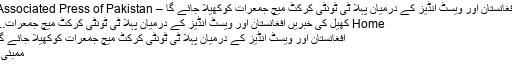
افغانستان اور ویسٹ انڈیز کے درمیان پہلا ٹی ٹونٹی کرکٹ میچ جمعرات کوکھیلا جائے گا – Associated Press of Pakistan
Home کھیل کی خبریں افغانستان اور ویسٹ انڈیز کے درمیان پہلا ٹی ٹونٹی کرکٹ میچ جمعرات...
افغانستان اور ویسٹ انڈیز کے درمیان پہلا ٹی ٹونٹی کرکٹ میچ جمعرات کوکھیلا جائے گا
ممبئی ۔